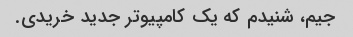
جیم، شنیدم که یک کامپیوتر جدید خریدی.